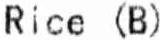
RICE (B)